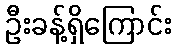
ဦးခန့်ရှိကြောင်း